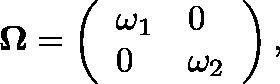
\mathbf { \Omega } = \left( \begin{array} { l l } { \omega _ { 1 } } & { 0 } \\ { 0 } & { \omega _ { 2 } } \end{array} \right) ,